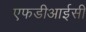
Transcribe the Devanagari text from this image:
एफडीआईसी